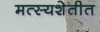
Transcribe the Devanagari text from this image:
मत्स्यशेतीत